Scottish Leaving Certificate Examination, 1958
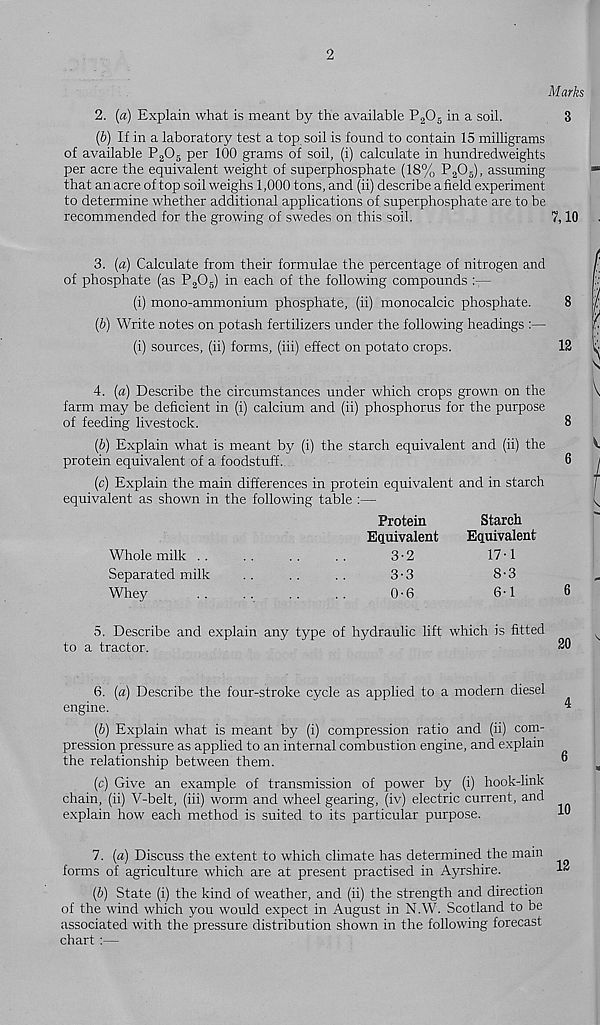
2
Marks
2. (a) Explain what is meant by the available P 2 0 5 in a soil.
3
(b) If in a laboratory test a top soil is found to contain 15 milligrams
of available P a 0 5 per 100 grams of soil, (i) calculate in hundredweights
per acre the equivalent weight of superphosphate (18% P 2 0 5 ), assuming
that an acre of top soil weighs 1,000 tons, and (ii) describe afield experiment
to determine whether additional applications of superphosphate are to be
recommended for the growing of swedes on this soil.
7,10
3. (a) Calculate from their formulae the percentage of nitrogen and
of phosphate (as P 2 0 5 ) in each of the following compounds :—
(i) mono-ammonium phosphate, (ii) monocalcic phosphate.
8
(b) Write notes on potash fertilizers under the following headings :—
(i) sources, (ii) forms, (iii) effect on potato crops.
12
4. (a) Describe the circumstances under which crops grown on the
farm may be deficient in (i) calcium and (ii) phosphorus for the purpose
of feeding livestock.
(b) Explain what is meant by (i) the starch equivalent and (ii) the
protein equivalent of a foodstuff.
(c) Explain the main differences in protein equivalent and in starch
equivalent as shown in the following table :—
Protein
Starch
Equivalent
Equivalent
Whole milk ..
..
..
..
3-2
17-1
Separated milk
..
..
..
3-3
8-3
Whey
..
..
..
..
0-6
6-1
8
6
6
5. Describe and explain any type of hydraulic lift which is fitted
to a tractor.
20
6. (a) Describe the four-stroke cycle as applied to a modern diesel
engine.
(b) Explain what is meant by (i) compression ratio and (ii) com-
pression pressure as applied to an internal combustion engine, and explain
the relationship between them.
(c) Give an example of transmission of power by (i) hook-link
chain, (ii) V-belt, (iii) worm and wheel gearing, (iv) electric current, and
explain how each method is suited to its particular purpose.
7. (a) Discuss the extent to which climate has determined the main
forms of agriculture which are at present practised in Ayrshire.
(b) State (i) the kind of weather, and (ii) the strength and direction
of the wind which you would expect in August in N.W. Scotland to be
associated with the pressure distribution shown in the following forecast
chart :—